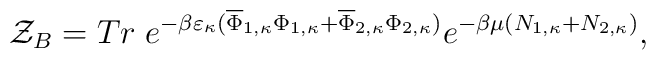
{\cal Z}_B= Tr\; e^{-\beta\varepsilon_\kappa(\overline{\Phi}_{1,\kappa}\Phi_{1,\kappa}+\overline{\Phi}_{2,\kappa}\Phi_{2,\kappa})}e^{-\beta\mu(N_{1,\kappa}+N_{2,\kappa})}	,